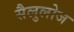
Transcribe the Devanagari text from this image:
सैलुलोज